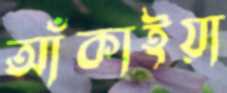
আঁকাইয়া